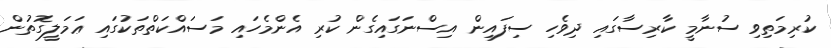
ކުރިމަތިވި ސުނާމީ ކާރިސާގައި ދިވެހި ސިފައިން އިސްނަގައިގެން ކުރި އެންމެހައި މަސައްކަތްތަކުގައި ޢަމަލީގޮތުން